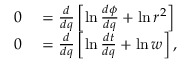
\begin{array} { r l } { 0 } & { { } = { \frac { d } { d q } } \left[ \ln { \frac { d \phi } { d q } } + \ln r ^ { 2 } \right] } \\ { 0 } & { { } = { \frac { d } { d q } } \left[ \ln { \frac { d t } { d q } } + \ln w \right] , } \end{array}